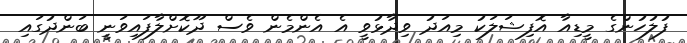
ފުލުހުންގެ މީޑިއާ އޮފިޝަލަކު މިއަދު ވިދާޅުވީ އެ އެންމެން ވެސް ދޫކޮށްލާފައިވަނީ ބަންދުގައި